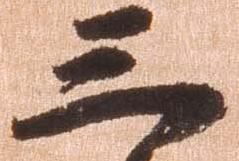
三